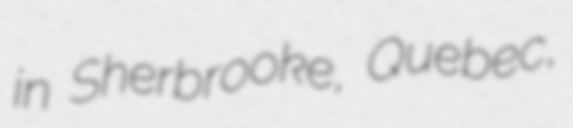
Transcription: in Sherbrooke, Quebec,